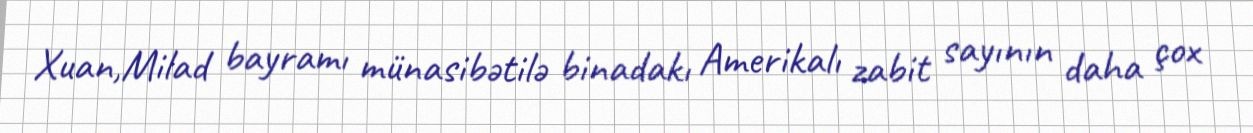
Xuan,Milad bayramı münasibətilə binadakı Amerikalı zabit sayının daha çox